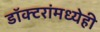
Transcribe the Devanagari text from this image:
डॉक्‍टरांमध्येही